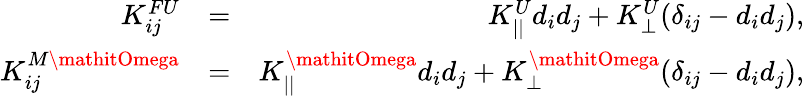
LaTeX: \begin{array}{rlr}{K_{ij}^{FU}}&{=}&{K_{||}^{U}d_{i}d_{j}+K_{\perp}^{U}(\delta_{ij}-d_{i}d_{j}),}\\ {K_{ij}^{M\mathitOmega}}&{=}&{K_{||}^{\mathitOmega}d_{i}d_{j}+K_{\perp}^{\mathitOmega}(\delta_{ij}-d_{i}d_{j}),}\end{array}